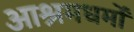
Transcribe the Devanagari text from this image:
आश्रमधर्मों